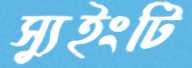
স্যুইংটি